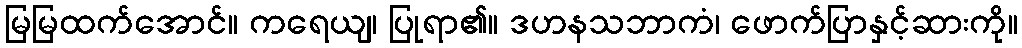
မြမြထက်အောင်။ ကရေယျ၊ ပြုရာ၏။ ဒဟနသဘာကံ၊ ဖောက်ပြာနှင့်ဆားကို။